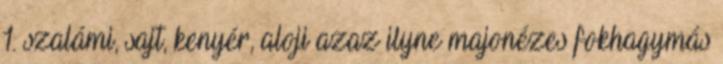
1. szalámi, sajt, kenyér, aloji azaz ilyne majonézes fokhagymás